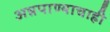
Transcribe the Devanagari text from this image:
अन्नपाण्याचाही